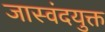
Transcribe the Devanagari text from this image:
जास्वंदयुक्त